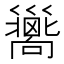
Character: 𢀉